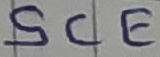
Text: SCE